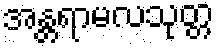
အန္တရာမလသုတ္တ